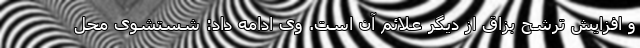
و افزایش ترشح بزاق از دیگر علائم آن است. وی ادامه داد: شستشوی محل